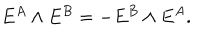
E ^ { A } \wedge E ^ { B } = - E ^ { B } \wedge E ^ { A } .